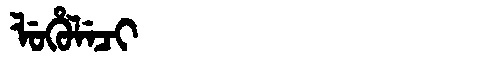
Manchu: ᠯᡠᡥᡠᠯᡝᠴᡳ
Romanization: LUHULECI